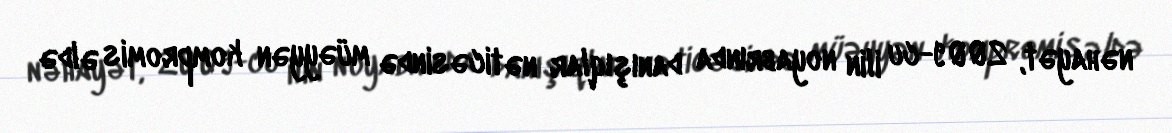
nəhayət, 2009-cu ilin noyabrında danışıqlar nəticəsində müəyyən kompromis əldə